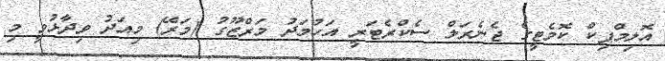
އޮލިމްޕިކް ކޮމެޓީގެ ޖެނެރަލް ސެކްރެޓަރީ އަހުމަދު މަރްޒޫގު (މަރޭ) މިއަދު ވިދާޅުވީ މި